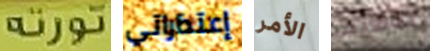
تورتة إعتذاراتي الأمر اعطيها